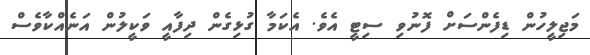
މަޖިލީހުން ޑިފެންސަށް ފޮނުވި ސިޓީ އެވެ. އެކަމާ ގުޅިގެން ދިފާއީ ވަކީލުން އަނެއްކާވެސް